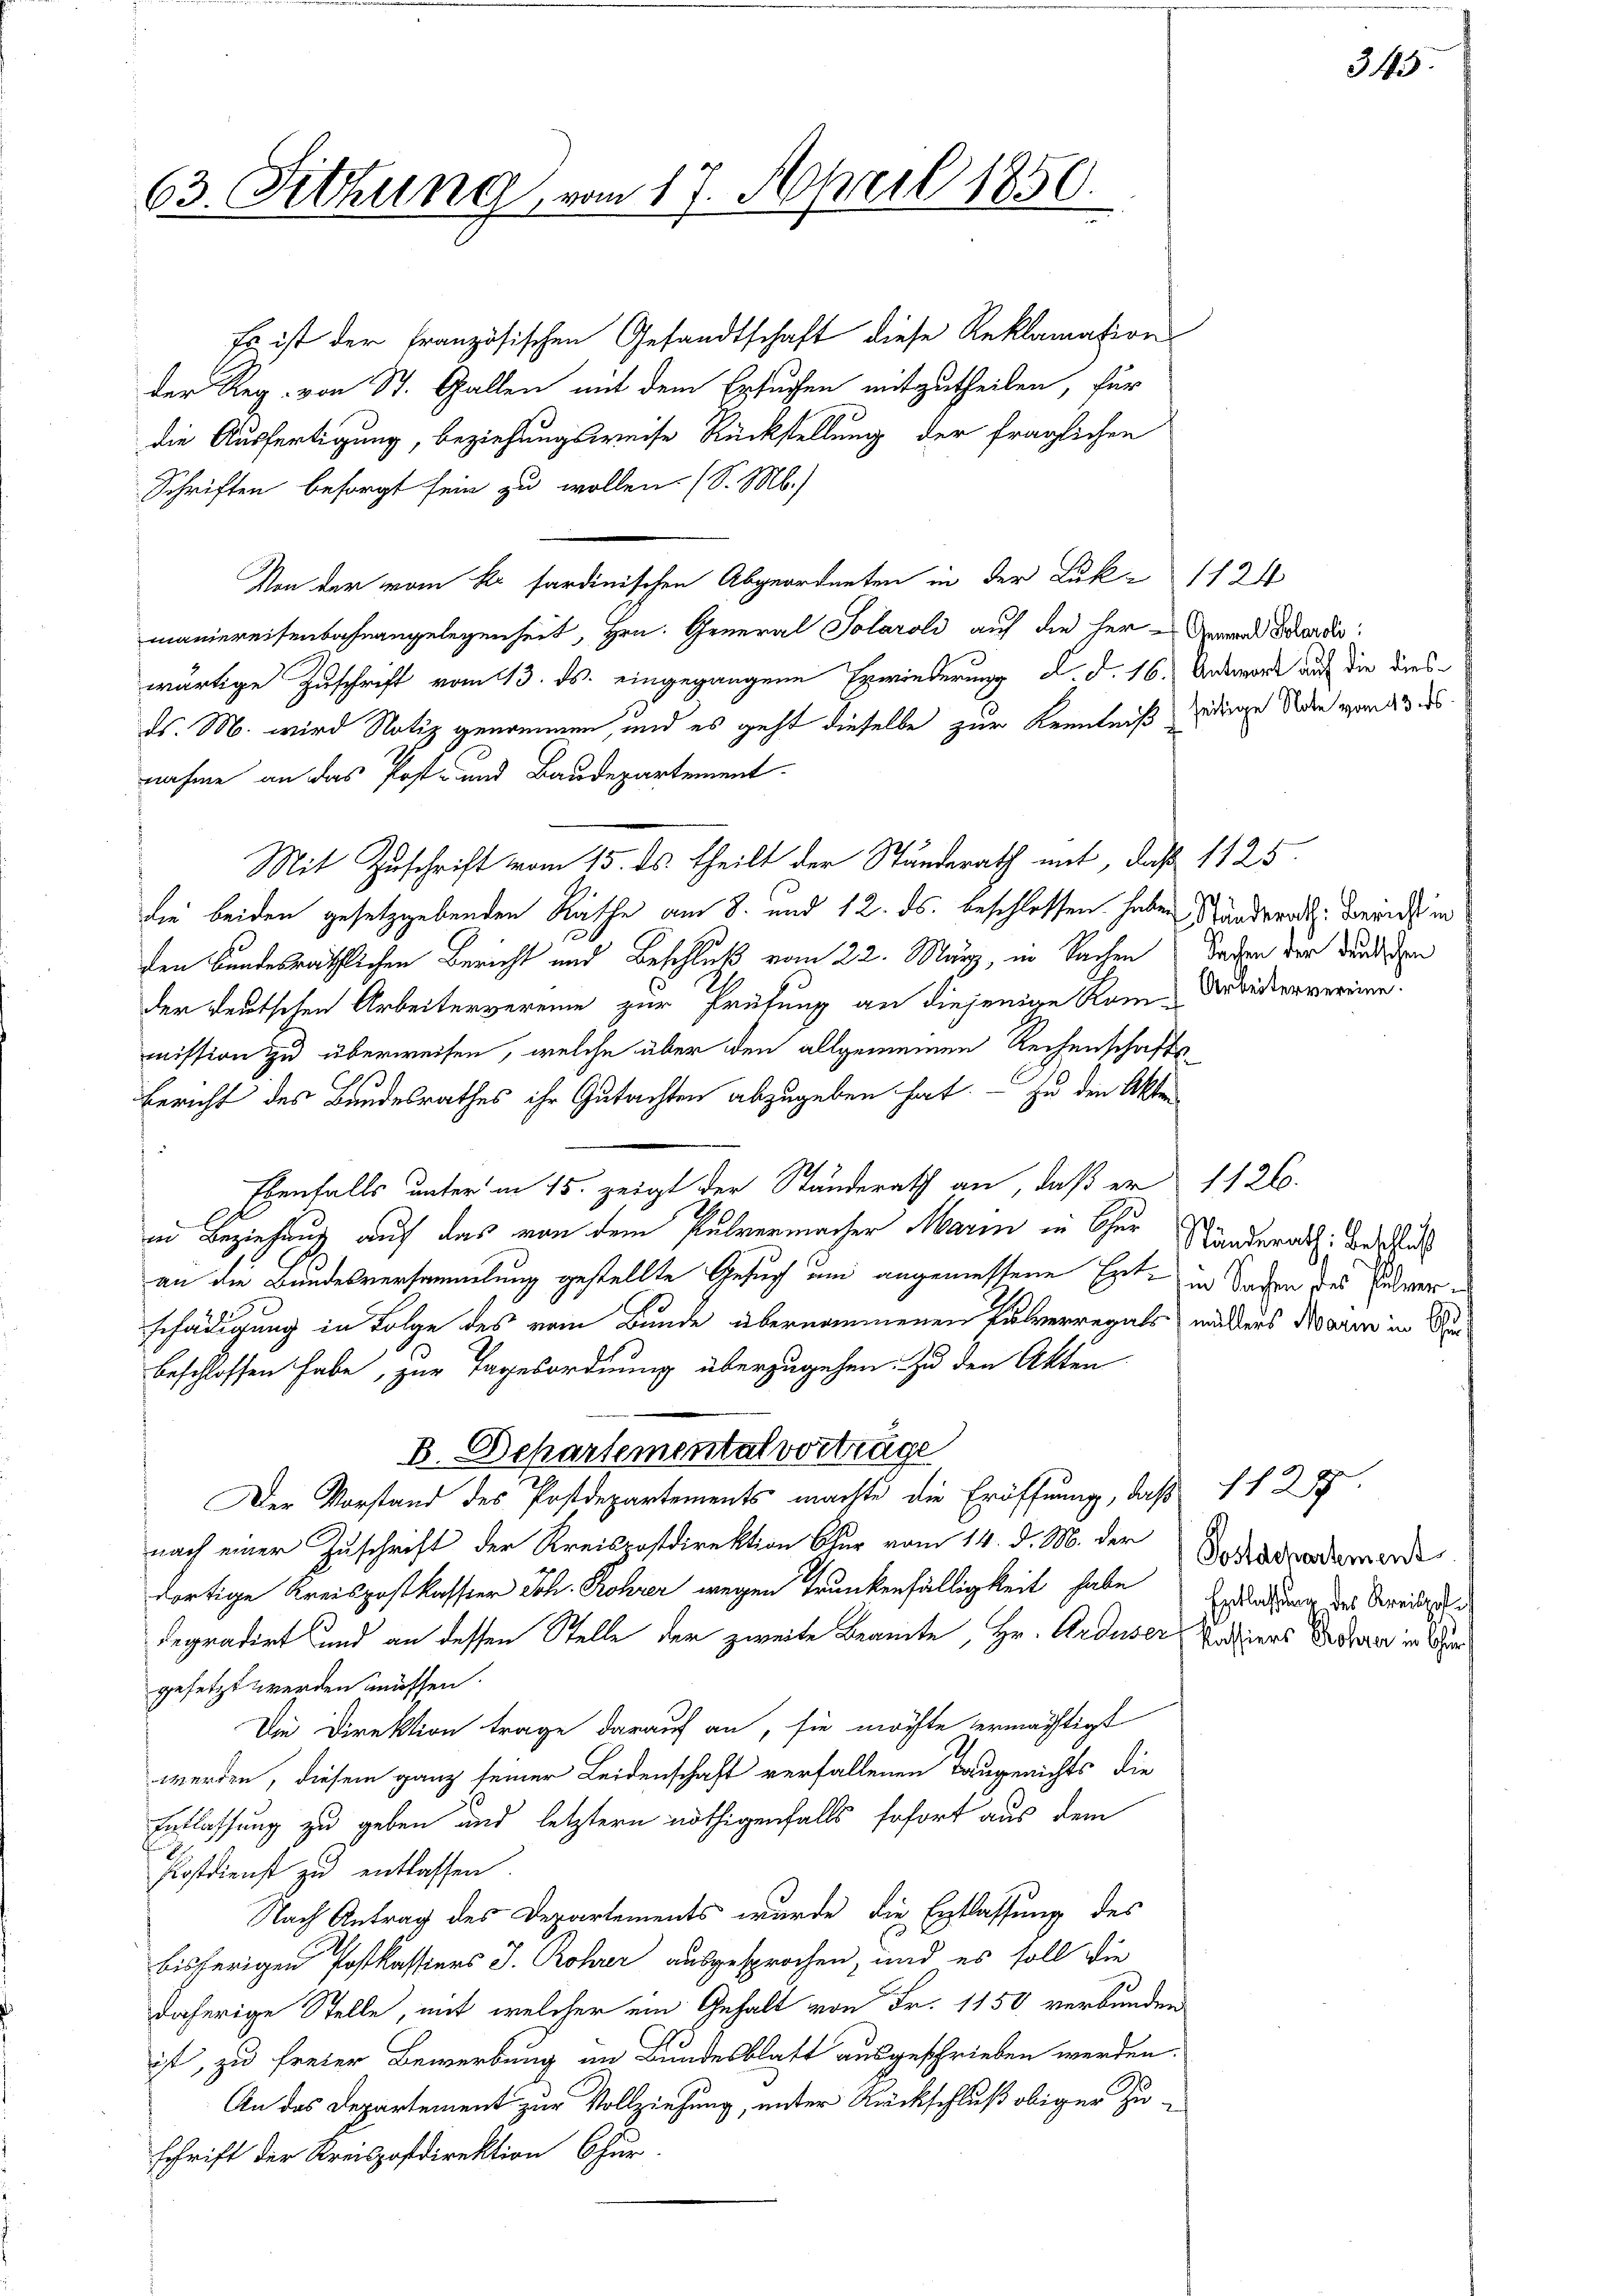
Es ist der französischen Gesandtschaft diese Reklamation
der Reg. von St. Gallen mit dem Ersuchen mitzutheilen, für
die Ausfertigung, beziehungsweise Rückstellung der fraglichen
Schriften besorgt sein zu wollen. (S. M.)
Von der vom k. sardinischen Abgeordneten in der Luk-1124
maniereisenbahnangelegenheit, Hrn. General Solaroli auf die her Grund Ford
wärtige Zuschrift vom 13. ds. eingegangene Erwiederung d. d. 16. Antwort auf die diesds. M. wird Notiz genommen, und es geht dieselbe zur Kenntniß gedinge Note vom 23s
Mit Zuschrift vom 15. ds. theilt der Standerath mit, daß 1125.
die beiden gesetzgebenden Rathe am 8. und 12. ds. beschlossen haben Ständerath Beende in
den Bundesräthlichen Bericht und Beschluß vom 22. März, in Sachen Sachen der Bunden
der deutschen Arbeitervereine zur Prüfung an diejenige Kom-Arbeitervereine
mission zu überweisen, welche über den allgemeinen Rechenschafts¬
Bericht des Bundesrathes ihr Gutachten abzugeben hat. — Zu den Akten
Ebenfalls unter in 15. zeigt der Ständerath an, daß er 1126.
in Beziehung auf das von dem Pulvermacher Marin in Chur Kinderat: Bes
an die Bundesversammlung gestellte Gesuch um angemessene Er in Sachen des Entwer in
schädigung in Folge des vom Bunde übernommenen Kulverregals nachders Marin in Beibeschlossen habe, zur Tagesordnung überzugehen. Zu den Akten
B. Departemental vorträge
Der Vorstand des Postdepartements machte die Eröffnung, daß 1 f 37
nach einer Zuschrift der Kreispostdirektion Chur vom 14. d. M. der Sarkassademande
dortige Kreispostkassier Joh. Rohrer wegen Trunkenfälligkeit habe Erblassen des Kreisdegradirt und an dessen Stelle der zweite Beamte, Hr. Arduser Patiers dessere in We
gesetzt werden müssen.
Die Direktion trage darauf an, sie möchte ermächtigt
werden, diesem ganz seiner Leidenschaft verfallenen Taugerichts die
Entlassung zu geben und letztern nöthigenfalls sofort aus dem
Hostdienst zu entlassen.
Nach Antrag des Departements wurde die Entlassung des
bisherigen Postkassiers J. Rohrer ausgesprochen, und es soll die
daherige Stelle, mit welcher ein Gehalt von Fr. 1150 verbunden
ist, zu freier Bewerbung an Bundesblatt ausgeschrieben werden.
An das Departement zur Vollziehung, unter Rückschluß obiger Zuschrift der Kreispostdirektion Chur

63. Fitzung vom 17. April 1850.

nahme an das Post- und Baudepartement

345.